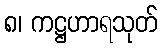
၈၊ ကဋ္ဌဟာရသုတ်